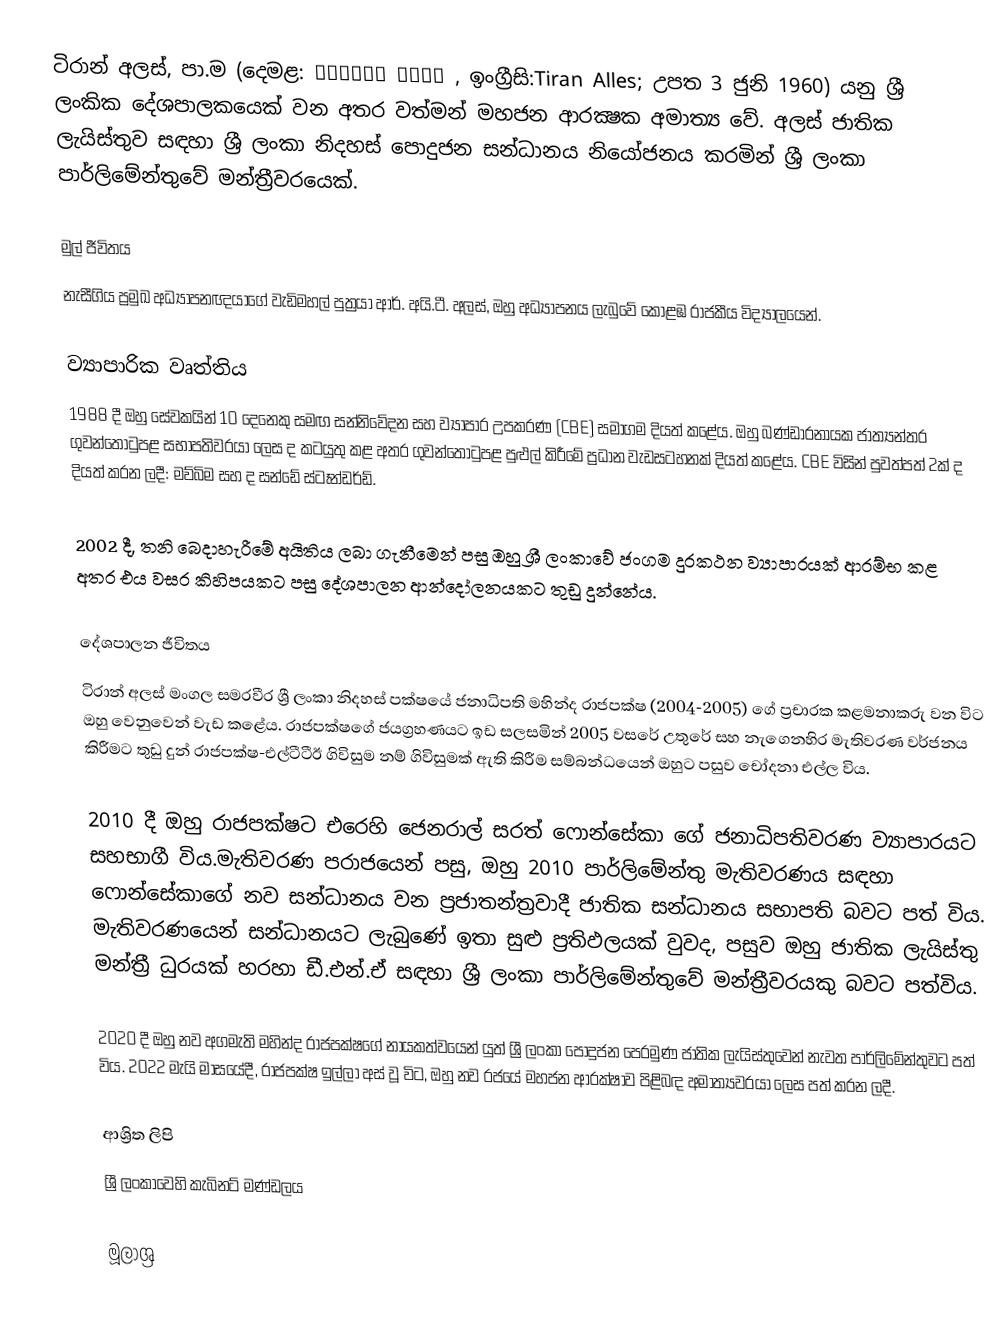
ටිරාන් අලස්, පා.ම (දෙමළ: திரான் ஆலஸ் , ඉංග්‍රීසි:Tiran Alles; උපත 3 ජුනි 1960) යනු ශ්‍රී ලංකික දේශපාලකයෙක් වන අතර වත්මන් මහජන ආරක්‍ෂක අමාත්‍ය වේ. අලස් ජාතික ලැයිස්තුව සඳහා ශ්‍රී ලංකා නිදහස් පොදුජන සන්ධානය නියෝජනය කරමින් ශ්‍රී ලංකා පාර්ලිමේන්තුවේ මන්ත්‍රීවරයෙක්.

මුල් ජීවිතය
නැසීගිය ප්‍රමුඛ අධ්‍යාපනඥයාගේ වැඩිමහල් පුත්‍රයා ආර්. අයි.ටී. අලස්, ඔහු අධ්‍යාපනය ලැබුවේ කොළඹ රාජකීය විද්‍යාලයෙන්.

ව්‍යාපාරික වෘත්තිය
1988 දී ඔහු සේවකයින් 10 දෙනෙකු සමඟ සන්නිවේදන සහ ව්‍යාපාර උපකරණ (CBE) සමාගම දියත් කළේය. ඔහු බණ්ඩාරනායක ජාත්‍යන්තර ගුවන්තොටුපළ සභාපතිවරයා ලෙස ද කටයුතු කළ අතර ගුවන්තොටුපළ පුළුල් කිරීමේ ප්‍රධාන වැඩසටහනක් දියත් කළේය. CBE විසින් පුවත්පත් 2ක් ද දියත් කරන ලදී: මව්බිම සහ ද සන්ඩේ ස්ටෑන්ඩර්ඩ්.

2002 දී, තනි බෙදාහැරීමේ අයිතිය ලබා ගැනීමෙන් පසු ඔහු ශ්‍රී ලංකාවේ ජංගම දුරකථන ව්‍යාපාරයක් ආරම්භ කළ අතර එය වසර කිහිපයකට පසු දේශපාලන ආන්දෝලනයකට තුඩු දුන්නේය.

දේශපාලන ජීවිතය
ටිරාන් අලස් මංගල සමරවීර ශ්‍රී ලංකා නිදහස් පක්ෂයේ ජනාධිපති මහින්ද රාජපක්ෂ (2004-2005) ගේ ප්‍රචාරක කළමනාකරු වන විට ඔහු වෙනුවෙන් වැඩ කළේය. රාජපක්ෂගේ ජයග්‍රහණයට ඉඩ සලසමින් 2005 වසරේ උතුරේ සහ නැගෙනහිර මැතිවරණ වර්ජනය කිරීමට තුඩු දුන් රාජපක්ෂ-එල්ටීටීඊ ගිවිසුම නම් ගිවිසුමක් ඇති කිරීම සම්බන්ධයෙන් ඔහුට පසුව චෝදනා එල්ල විය.

2010 දී ඔහු රාජපක්ෂට එරෙහි ජෙනරාල් සරත් ෆොන්සේකා ගේ ජනාධිපතිවරණ ව්‍යාපාරයට සහභාගී විය.මැතිවරණ පරාජයෙන් පසු, ඔහු 2010 පාර්ලිමේන්තු මැතිවරණය සඳහා ෆොන්සේකාගේ නව සන්ධානය වන ප්‍රජාතන්ත්‍රවාදී ජාතික සන්ධානය සභාපති බවට පත් විය. මැතිවරණයෙන් සන්ධානයට ලැබුණේ ඉතා සුළු ප්‍රතිඵලයක් වුවද, පසුව ඔහු ජාතික ලැයිස්තු මන්ත්‍රී ධුරයක් හරහා ඩී.එන්.ඒ සඳහා ශ්‍රී ලංකා පාර්ලිමේන්තුවේ මන්ත්‍රීවරයකු බවට පත්විය.

2020 දී ඔහු නව අගමැති මහින්ද රාජපක්ෂගේ නායකත්වයෙන් යුත් ශ්‍රී ලංකා පොදුජන පෙරමුණ ජාතික ලැයිස්තුවෙන් නැවත පාර්ලිමේන්තුවට පත් විය. 2022 මැයි මාසයේදී, රාජපක්ෂ ඉල්ලා අස් වූ විට, ඔහු නව රජයේ මහජන ආරක්ෂාව පිළිබඳ අමාත්‍යවරයා ලෙස පත් කරන ලදී.

ආශ්‍රිත ලිපි
 ශ්‍රී ලංකාවෙහි කැබිනට් මණ්ඩලය

මූලාශ්‍ර